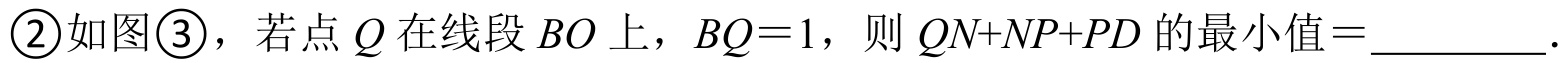
\textcircled{2}如图\textcircled{3}，若点 \(Q\) 在线段 \(BO\) 上，\(BQ = 1\)，则 \(QN+NP+PD\) 的最小值\(=\)__________.